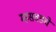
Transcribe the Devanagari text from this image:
म्हसवडचे